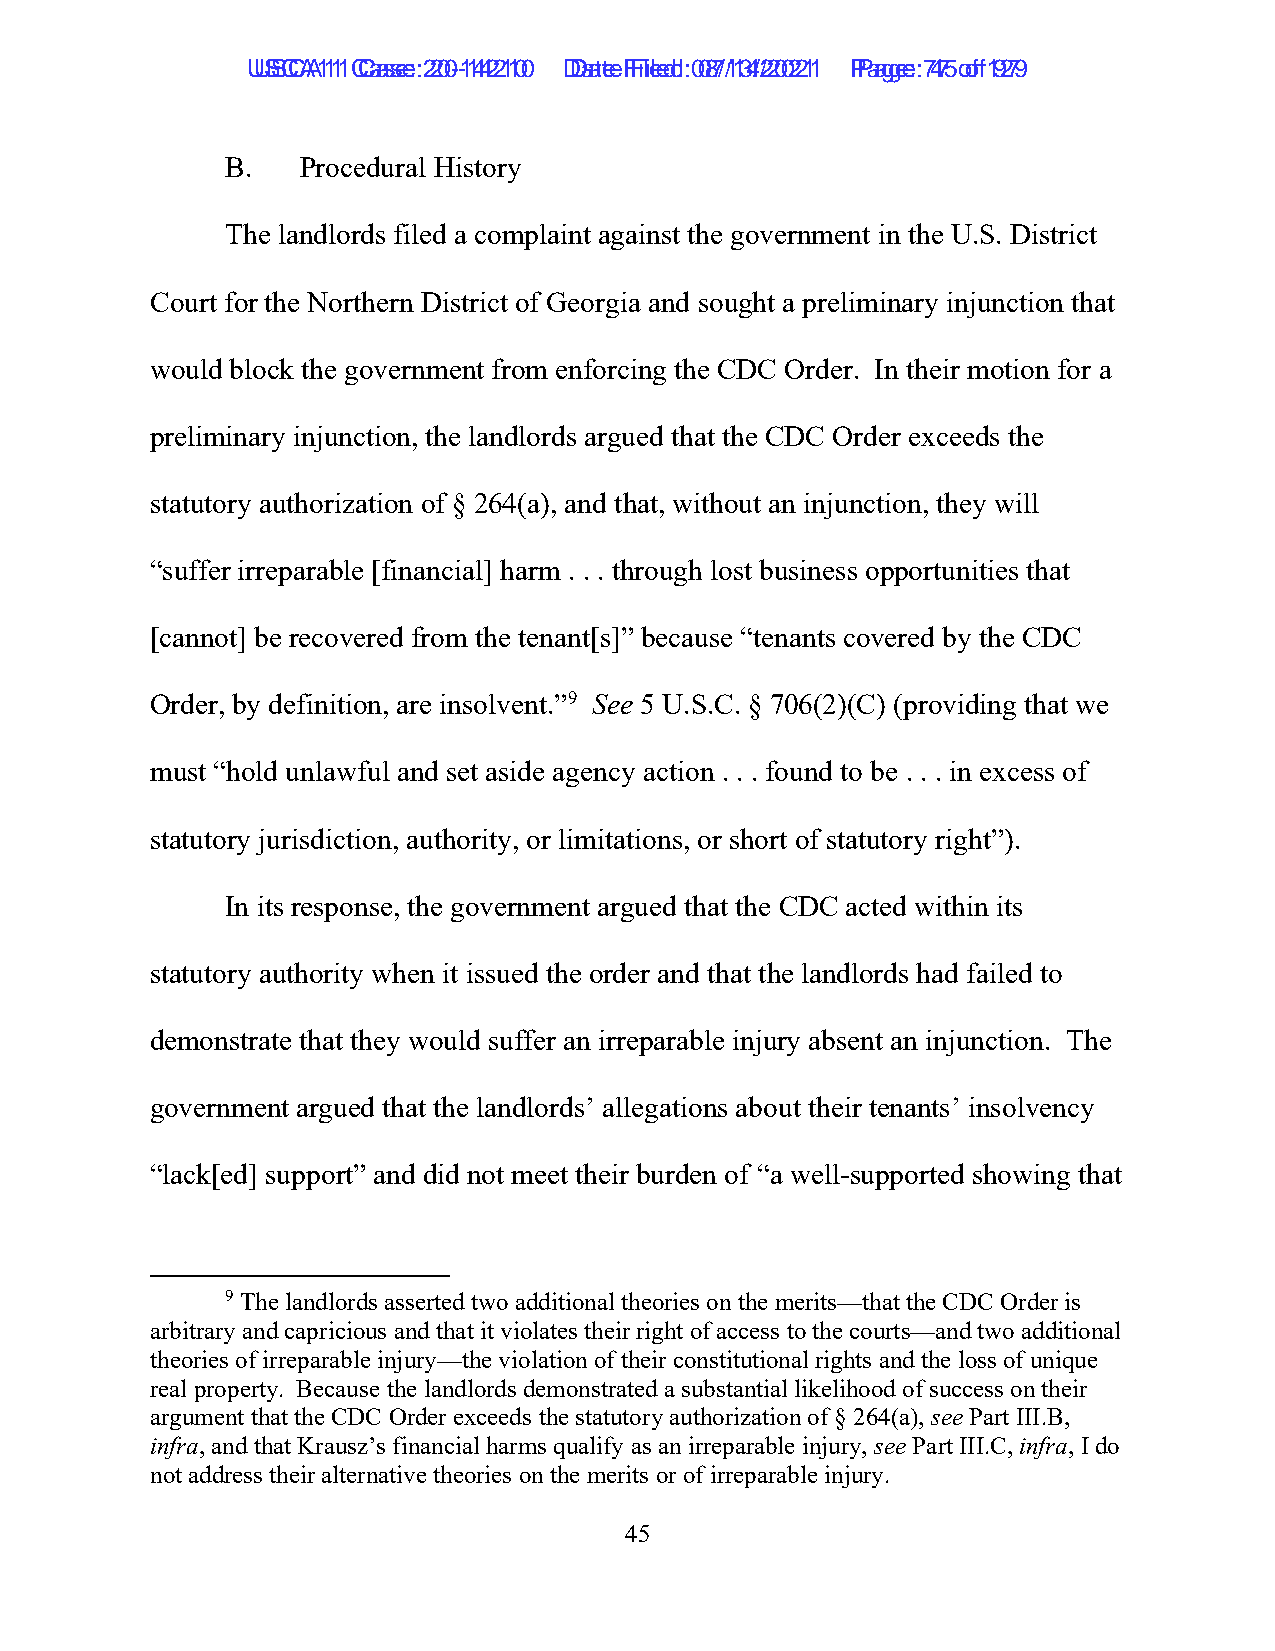
UUSSCCAA1111 C Caassee: :2 200--1144221100 D Daatete F Filieledd: :0 087/1/134/2/2002211 P Paaggee: :7 475 o of f1 9279
 B.   Procedural History
 The landlords filed a complaint against the government in the U.S. District
 Court for the Northern District of Georgia and sought a preliminary injunction that
 would block the government from enforcing the CDC Order. In their motion for a
 preliminary injunction, the landlords argued that the CDC Order exceeds the
 statutory authorization of § 264(a), and that, without an injunction, they will
 “suffer irreparable [financial] harm . . . through lost business opportunities that
 [cannot] be recovered from the tenant[s]” because “tenants covered by the CDC
 Order, by definition, are insolvent.”9 See 5 U.S.C. § 706(2)(C) (providing that we
 must “hold unlawful and set aside agency action . . . found to be . . . in excess of
 statutory jurisdiction, authority, or limitations, or short of statutory right”).
 In its response, the government argued that the CDC acted within its
 statutory authority when it issued the order and that the landlords had failed to
 demonstrate that they would suffer an irreparable injury absent an injunction. The
 government argued that the landlords’ allegations about their tenants’ insolvency
 “lack[ed] support” and did not meet their burden of “a well-supported showing that
 9 The landlords asserted two additional theories on the merits—that the CDC Order is
 arbitrary and capricious and that it violates their right of access to the courts—and two additional
 theories of irreparable injury—the violation of their constitutional rights and the loss of unique
 real property. Because the landlords demonstrated a substantial likelihood of success on their
 argument that the CDC Order exceeds the statutory authorization of § 264(a), see Part III.B,
 infra, and that Krausz’s financial harms qualify as an irreparable injury, see Part III.C, infra, I do
 not address their alternative theories on the merits or of irreparable injury.
 45